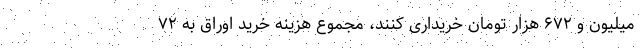
میلیون و ۶۷۲ هزار تومان خریداری کنند، مجموع هزینه خرید اوراق به ۷۲